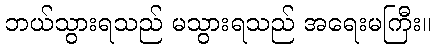
ဘယ်သွားရသည် မသွားရသည် အရေးမကြီး။